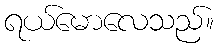
ရယ်မောလေသည်။